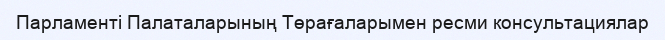
Парламенті Палаталарының Төрағаларымен ресми консультациялар